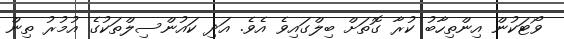
ވޯޓަކުން އިންތިހާބު ކުރާ ގޮތަށް ބިލްގައިވެ އެވެ. އަދި ކައުންސިލްތަކުގެ އުމުރު ތިން